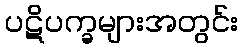
ပဋိပက္ခများအတွင်း